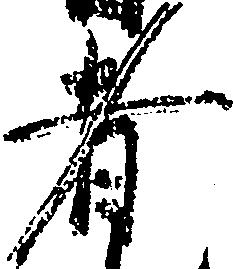
者